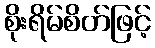
စိုးရိမ်စိတ်ဖြင့်